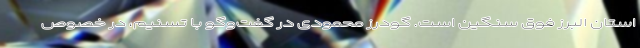
استان البرز فوق سنگین است. گودرز محمودی در گفت‌وگو با تسنیم، در خصوص